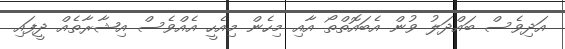
އަދިވެސް ބައްދަލު ވުން އެބައޮތްތޯ އާއި މިހެން މިއެހީ އެއްވެސް އިޝާރާތެއް ދީފައި